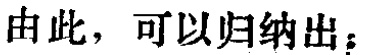
由此，可以归纳出：